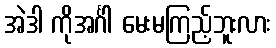
အဲဒါ ကိုအင်္ဂါ မေးမကြည့်ဘူးလား